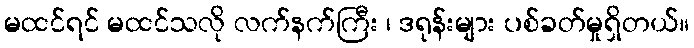
မထင်ရင် မထင်သလို လက်နက်ကြီး ၊ ဒရုန်းများ ပစ်ခတ်မှုရှိတယ်။